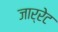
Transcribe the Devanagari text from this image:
जार्रेट